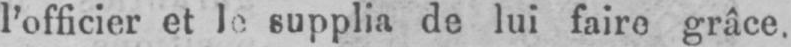
supplia de lui faire grâce.